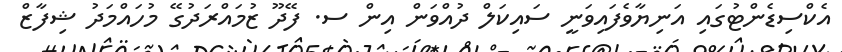
އެކްސިޑެންޓުގައި އަނިޔާވެފައިވަނީ ސައިކަލް ދުއްވަން އިން ސ. ފޭދޫ ޒުމައްރަދުގޭ މުހައްމަދު ޝިފާޒް